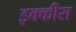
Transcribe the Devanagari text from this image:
इक्‍कीस